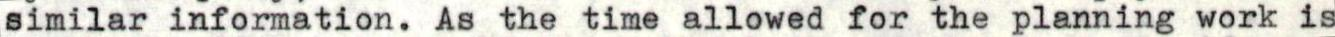
similar information. As the time allowed for the planning work is